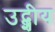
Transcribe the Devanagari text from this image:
उद्शीय